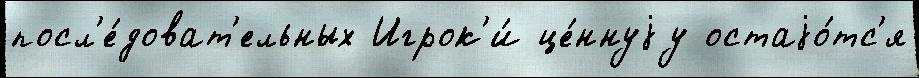
посл'е́доват'ельных Игрок'и́ це́ннуjу остаjо́тс'я